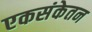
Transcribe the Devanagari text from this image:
एकसंकेतन